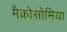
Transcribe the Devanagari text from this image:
मैक्रोसोमिया